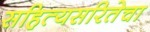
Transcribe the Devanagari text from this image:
सहित्यसरितेचा